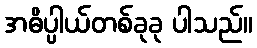
အဓိပ္ပါယ်တစ်ခုခု ပါသည်။